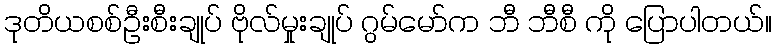
ဒုတိယစစ်ဦးစီးချုပ် ဗိုလ်မှုးချုပ် ဂွမ်မော်က ဘီ ဘီစီ ကို ပြောပါတယ်။